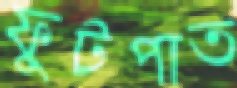
ফুটপাত